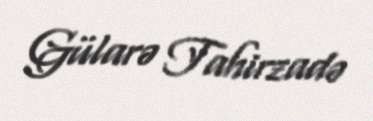
Gülarə Tahirzadə